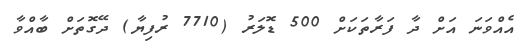
އެއްވަނަ އަށް ދާ ފަރާތަކަށް 500 ޑޮލަރު (7710 ރުފިޔާ) ދޭގޮތަށް ބާއްވާ